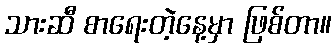
သားဆီ စာရေးတဲ့နေ့မှာ ဖြစ်တာ။